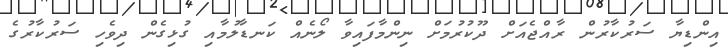
އިންޑިޔާ ސަރުކާރުން ރާއްޖެއަށް ދޫކުރުމަށް ނިންމާފައިވާ ލޯނެއް ކަނޑާލުމާއި ގުޅިގެން ދިވެހި ސަރުކާރުގެ